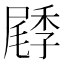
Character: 𡳜